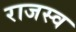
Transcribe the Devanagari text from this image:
राजस्व